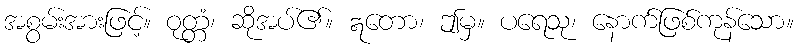
အစွမ်းအားဖြင့်။ ဝုတ္တံ၊ ဆိုအပ်၏။ ဣတော၊ ဤမှ။ ပရေသု၊ နောက်ဖြစ်ကုန်သော။